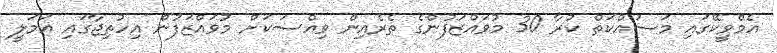
އެމްވީކޭގައި މަސައްކަތް ކުރާ 30 މުވައްޒަފުންގެ ތެރެއިން ވިއްސަކަށް މުވައްޒަފުން އިހުތިޖާގައި އަމަލީ